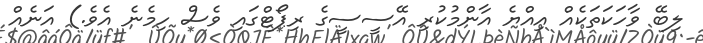
ލިބޭ ވާހަކަތަކެއް އިއްޔެ އާންމުކުރި އޭސީސީގެ ރިޕޯޓްގައި ވެސް ހިމެނެ އެވެ.) އަނެއް